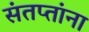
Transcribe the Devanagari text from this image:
संतप्तांना